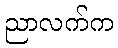
ညာလက်က